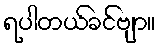
ရပါတယ်ခင်ဗျာ။